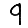
Digit: 9